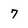
Character: 7